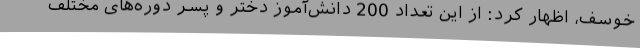
خوسف، اظهار کرد: از این تعداد 200 دانش‌آموز دختر و پسر دوره‌های مختلف